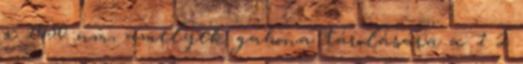
x 1050 nm, amelyek gabona tárolására a. 1 2